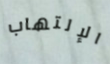
الإلتهاب